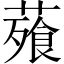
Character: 薞